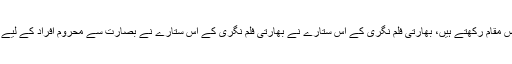
امیتابھ بچن بالی ووڈ میں بگ بی کے نام سے مشہور امیتابھ بچن انڈسٹری میں ایک خاص مقام رکھتے ہیں، بھارتی فلم نگری کے اس ستارے نے بھارتی فلم نگری کے اس ستارے نے بصارت سے محروم افراد کے لیے مہم میں حصہ لیتے ہوئے اپنی آنکھیں بعد از مرگ عطیہ کرنے کا اعلان کر رکھا ہے۔